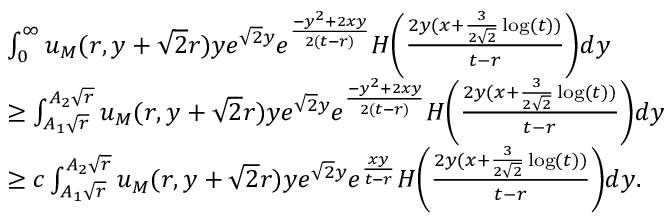
\begin{array} { r l } & { \int _ { 0 } ^ { \infty } u _ { M } ( r , y + \sqrt { 2 } r ) y e ^ { \sqrt { 2 } y } e ^ { \frac { - y ^ { 2 } + 2 x y } { 2 ( t - r ) } } H \biggl ( \frac { 2 y ( x + \frac { 3 } { 2 \sqrt { 2 } } \log ( t ) ) } { t - r } \biggr ) d y } \\ & { \geq \int _ { A _ { 1 } \sqrt { r } } ^ { A _ { 2 } \sqrt { r } } u _ { M } ( r , y + \sqrt { 2 } r ) y e ^ { \sqrt { 2 } y } e ^ { \frac { - y ^ { 2 } + 2 x y } { 2 ( t - r ) } } H \biggl ( \frac { 2 y ( x + \frac { 3 } { 2 \sqrt { 2 } } \log ( t ) ) } { t - r } \biggr ) d y } \\ & { \geq c \int _ { A _ { 1 } \sqrt { r } } ^ { A _ { 2 } \sqrt { r } } u _ { M } ( r , y + \sqrt { 2 } r ) y e ^ { \sqrt { 2 } y } e ^ { \frac { x y } { t - r } } H \biggl ( \frac { 2 y ( x + \frac { 3 } { 2 \sqrt { 2 } } \log ( t ) ) } { t - r } \biggr ) d y . } \end{array}